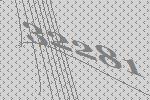
32281